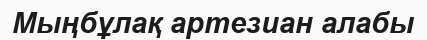
Мыңбұлақ артезиан алабы